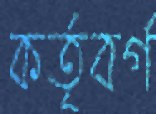
কর্তৃবর্গ